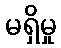
မရှိမှု